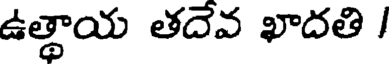
ఉత్థాయ తదేవ ఖాదతి /